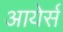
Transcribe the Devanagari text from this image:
आयेर्स